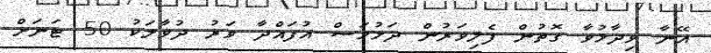
އޭނާ ވިދާޅުވާ ގޮތުން ފެލިވަރުން ދަޅުމަސް އުފައްދާ ވަރު ދުވާލަކު 50 ޓަނަށް